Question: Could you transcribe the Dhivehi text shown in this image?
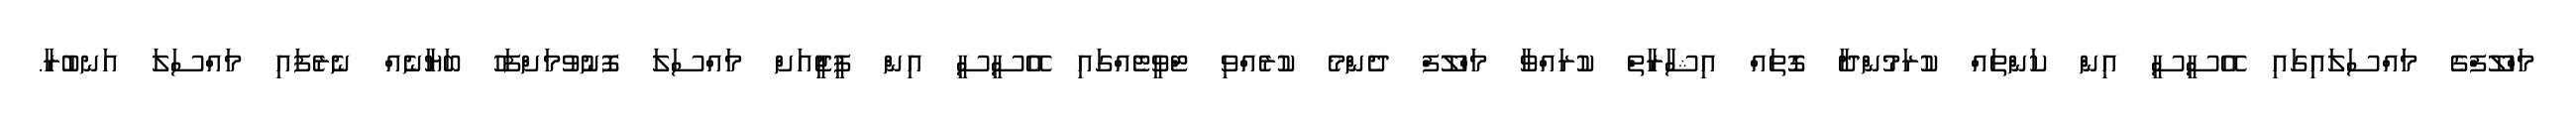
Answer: މަހްލޫފްގެ މައްސަލައިގައި އޭސީސީ އިން ކަންތައް ކުރަމުންދާ ގޮތައް އިޝާރާތް ކުރައްވާ މަހްލޫފް ދެންމެ ކުރެއްވި ޓްވީޓެއްގައި އޭސީސީ އިން ޕީޖީއަށް މައްސަލަ ފޮނުވުމަށްފަހު ބަޔާނެއް ނެރެފައި މައްސަލަ އަނބުރާ.